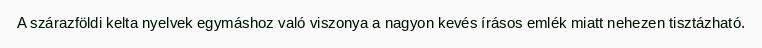
A szárazföldi kelta nyelvek egymáshoz való viszonya a nagyon kevés írásos emlék miatt nehezen tisztázható.